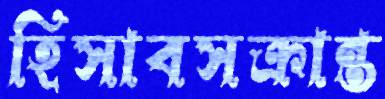
হিসাবসক্রান্ত